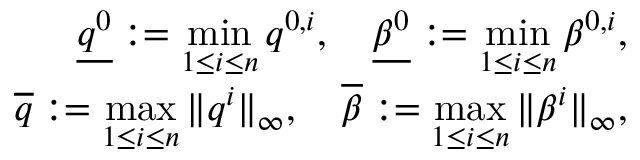
\begin{array} { r } { \underline { { q ^ { 0 } } } : = \displaystyle \operatorname* { m i n } _ { 1 \leq i \leq n } q ^ { 0 , i } , \quad \underline { { \beta ^ { 0 } } } : = \displaystyle \operatorname* { m i n } _ { 1 \leq i \leq n } \beta ^ { 0 , i } , } \\ { \overline { { q } } : = \displaystyle \operatorname* { m a x } _ { 1 \leq i \leq n } \| q ^ { i } \| _ { \infty } , \quad \overline { { \beta } } : = \displaystyle \operatorname* { m a x } _ { 1 \leq i \leq n } \| \beta ^ { i } \| _ { \infty } , } \end{array}